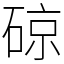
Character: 䃄